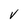
Character: V